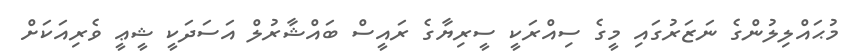
މުޙައްލިލުންގެ ނަޒަރުގައި މީގެ ސިއްރަކީ ސީރިޔާގެ ރައީސް ބައްޝާރުލް އަސަދަކީ ޝީޢީ ވެރިއަކަށް